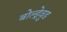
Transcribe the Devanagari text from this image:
बोल्ड्रेवुड